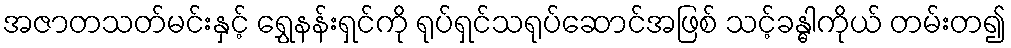
အဇာတသတ်မင်းနှင့် ရွှေနန်းရှင်ကို ရုပ်ရှင်သရုပ်ဆောင်အဖြစ် သင့်ခန္ဓါကိုယ် တမ်းတ၍